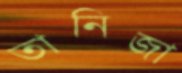
তানিজা